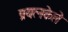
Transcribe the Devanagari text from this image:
प्रयत्‍नकेले